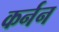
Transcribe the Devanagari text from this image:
कर्नन